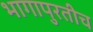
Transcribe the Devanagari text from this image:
भागापुरतीच